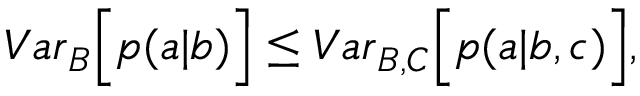
\begin{array} { r } { { V a r } _ { B } \Big [ p ( a | b ) \Big ] \leq { V a r } _ { B , C } \Big [ p ( a | b , c ) \Big ] , } \end{array}